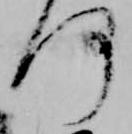
何